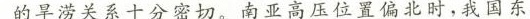
的旱涝关系十分密切。南亚高压位置偏北时，我国东